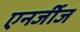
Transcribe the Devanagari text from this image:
एनर्जीज